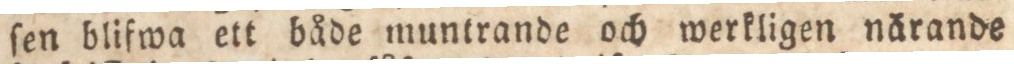
ſen blifwa ett både muntrande och werkligen närande